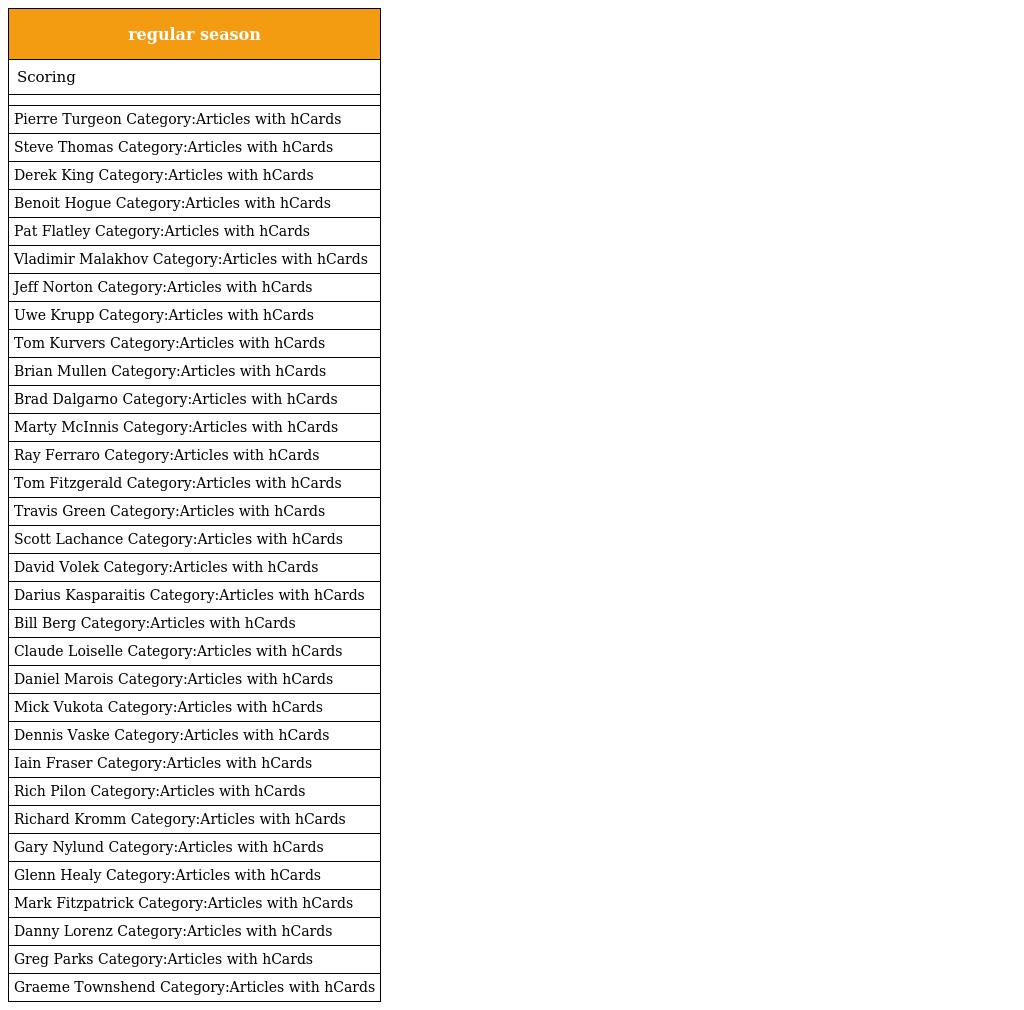
| regular season |
 | --- |
 | Scoring |
 |  |
 | Pierre Turgeon Category:Articles with hCards |
 | Steve Thomas Category:Articles with hCards |
 | Derek King Category:Articles with hCards |
 | Benoit Hogue Category:Articles with hCards |
 | Pat Flatley Category:Articles with hCards |
 | Vladimir Malakhov Category:Articles with hCards |
 | Jeff Norton Category:Articles with hCards |
 | Uwe Krupp Category:Articles with hCards |
 | Tom Kurvers Category:Articles with hCards |
 | Brian Mullen Category:Articles with hCards |
 | Brad Dalgarno Category:Articles with hCards |
 | Marty McInnis Category:Articles with hCards |
 | Ray Ferraro Category:Articles with hCards |
 | Tom Fitzgerald Category:Articles with hCards |
 | Travis Green Category:Articles with hCards |
 | Scott Lachance Category:Articles with hCards |
 | David Volek Category:Articles with hCards |
 | Darius Kasparaitis Category:Articles with hCards |
 | Bill Berg Category:Articles with hCards |
 | Claude Loiselle Category:Articles with hCards |
 | Daniel Marois Category:Articles with hCards |
 | Mick Vukota Category:Articles with hCards |
 | Dennis Vaske Category:Articles with hCards |
 | Iain Fraser Category:Articles with hCards |
 | Rich Pilon Category:Articles with hCards |
 | Richard Kromm Category:Articles with hCards |
 | Gary Nylund Category:Articles with hCards |
 | Glenn Healy Category:Articles with hCards |
 | Mark Fitzpatrick Category:Articles with hCards |
 | Danny Lorenz Category:Articles with hCards |
 | Greg Parks Category:Articles with hCards |
 | Graeme Townshend Category:Articles with hCards |